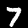
Label: 7